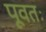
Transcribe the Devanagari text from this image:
पूवतः